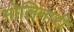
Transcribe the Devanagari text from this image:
मोलिनारी